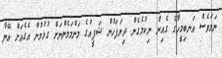
ނަމަވެސް އަނބިމީހާގެ ގެއިން ނިކުމެގެން ދިޔަފަހުން ޝަފީއުގެ މަންމަމެންނަށް ގުޅުމުން އެގެއަށް އޭނާ